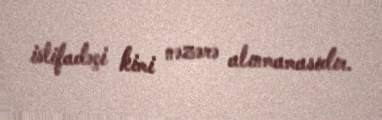
istifadəçi kimi nəzərə alınmamasıdır.